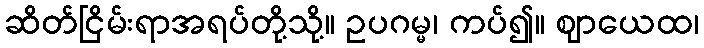
ဆိတ်ငြိမ်းရာအရပ်တို့သို့။ ဥပဂမ္မ၊ ကပ်၍။ ဈာယေထ၊